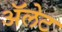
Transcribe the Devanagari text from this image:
ॲलेट